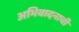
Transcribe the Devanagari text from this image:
अभिवादनाची